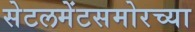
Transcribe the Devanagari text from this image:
सेटलमेंटसमोरच्या